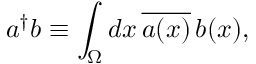
a ^ { \dagger } b \equiv \int _ { \Omega } d x \, { \overline { { a ( x ) } } } \, b ( x ) ,